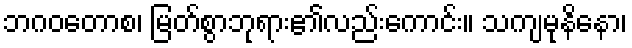
ဘဂဝတောစ၊ မြတ်စွာဘုရား၏လည်းကောင်း။ သကျမုနိနော၊